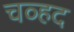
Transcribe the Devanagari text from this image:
चव्हद